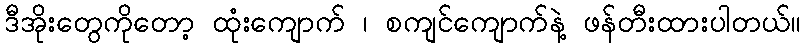
ဒီအိုးတွေကိုတော့ ထုံးကျောက် ၊ စကျင်ကျောက်နဲ့ ဖန်တီးထားပါတယ်။